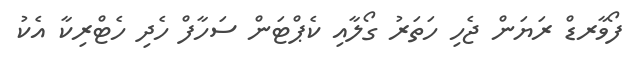
ފޯވާރޑް ރަޔަން ޖެހި ހަތަރު ގޯލާއި ކެޕްޓަން ސަހާފް ހެދި ހެޓްރިކާ އެކު